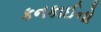
કનકાઈનો